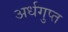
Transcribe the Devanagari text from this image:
अर्धगुप्त